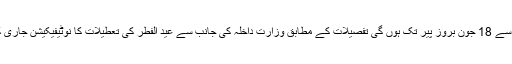
وزارت داخلہ کے نوٹیفیکیشن کے مطابق عید الفطر کی چار دن کی تعطیلات ہوں گی جو 15 جون بروز بدھ سے 18 جون بروز پیر تک ہوں گی تفصیلات کے مطابق وزارت داخلہ کی جانب سے عید الفطر کی تعطیلات کا نوٖٹیفیکیشن جاری کر دیا گیا ہے جس کی مطابق تعطیلات 15 جون سے 18 جون تک بروز جمعہ ، ہفتہ اتوار اور پیر ہوں گی۔